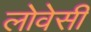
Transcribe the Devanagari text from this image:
लोवेसी